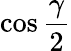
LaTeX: \cos{\frac{\gamma}{2}}